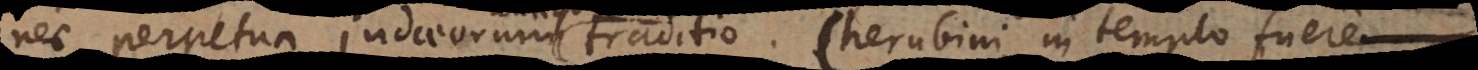
nec perpetua Judaeorum traditio. Cherubini in templo fuere